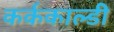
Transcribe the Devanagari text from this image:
कर्ककाल्डी